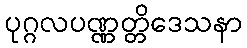
ပုဂ္ဂလပဏ္ဏတ္တိဒေသနာ